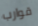
قوارب